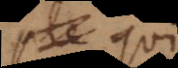
m qui